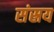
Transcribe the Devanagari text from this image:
संस्रय